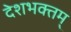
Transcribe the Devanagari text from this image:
देशभक्तम्